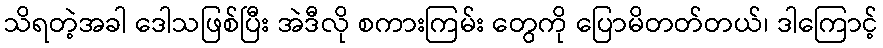
သိရတဲ့အခါ ဒေါသဖြစ်ပြီး အဲဒီလို စကားကြမ်း တွေကို ပြောမိတတ်တယ်၊ ဒါကြောင့်